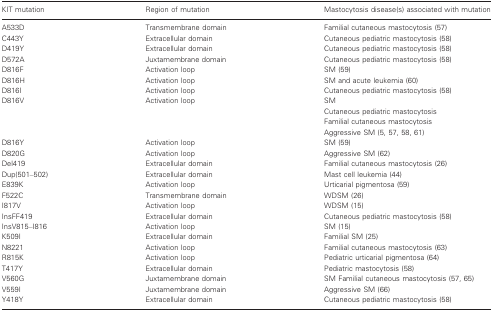
<table><thead><tr><td><b>KIT mutation</b></td><td><b>Region of mutation</b></td><td><b>Mastocytosis disease(s) associated with mutation</b></td></tr></thead><tbody><tr><td>A533D</td><td>Transmembrane domain</td><td>Familial cutaneous mastocytosis (57)</td></tr><tr><td>C443Y</td><td>Extracellular domain</td><td>Cutaneous pediatric mastocytosis (58)</td></tr><tr><td>D419Y</td><td>Extracellular domain</td><td>Cutaneous pediatric mastocytosis (58)</td></tr><tr><td>D572A</td><td>Juxtamembrane domain</td><td>Cutaneous pediatric mastocytosis (58)</td></tr><tr><td>D816F</td><td>Activation loop</td><td>SM (59)</td></tr><tr><td>D816H</td><td>Activation loop</td><td>SM and acute leukemia (60)</td></tr><tr><td>D816I</td><td>Activation loop</td><td>Cutaneous pediatric mastocytosis (58)</td></tr><tr><td rowspan="4">D816V</td><td rowspan="4">Activation loop</td><td>SM</td></tr><tr><td>Cutaneous pediatric mastocytosis</td></tr><tr><td>Familial cutaneous mastocytosis</td></tr><tr><td>Aggressive SM (5, 57, 58, 61)</td></tr><tr><td>D816Y</td><td>Activation loop</td><td>SM (59)</td></tr><tr><td>D820G</td><td>Activation loop</td><td>Aggressive SM (62)</td></tr><tr><td>Del419</td><td>Extracellular domain</td><td>Familial cutaneous mastocytosis (26)</td></tr><tr><td>Dup(501–502)</td><td>Extracellular domain</td><td>Mast cell leukemia (44)</td></tr><tr><td>E839K</td><td>Activation loop</td><td>Urticarial pigmentosa (59)</td></tr><tr><td>F522C</td><td>Transmembrane domain</td><td>WDSM (26)</td></tr><tr><td>I817V</td><td>Activation loop</td><td>WDSM (15)</td></tr><tr><td>InsFF419</td><td>Extracellular domain</td><td>Cutaneous pediatric mastocytosis (58)</td></tr><tr><td>InsV815–I816</td><td>Activation loop</td><td>SM (15)</td></tr><tr><td>K509I</td><td>Extracellular domain</td><td>Familial SM (25)</td></tr><tr><td>N8221</td><td>Activation loop</td><td>Familial cutaneous mastocytosis (63)</td></tr><tr><td>R815K</td><td>Activation loop</td><td>Pediatric urticarial pigmentosa (64)</td></tr><tr><td>T417Y</td><td>Extracellular domain</td><td>Pediatric mastocytosis (58)</td></tr><tr><td>V560G</td><td>Juxtamembrane domain</td><td>SM Familial cutaneous mastocytosis (57, 65)</td></tr><tr><td>V559I</td><td>Juxtamembrane domain</td><td>Aggressive SM (66)</td></tr><tr><td>Y418Y</td><td>Extracellular domain</td><td>Cutaneous pediatric mastocytosis (58)</td></tr></tbody></table>